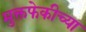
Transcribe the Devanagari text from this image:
मुक्तफेकीच्या